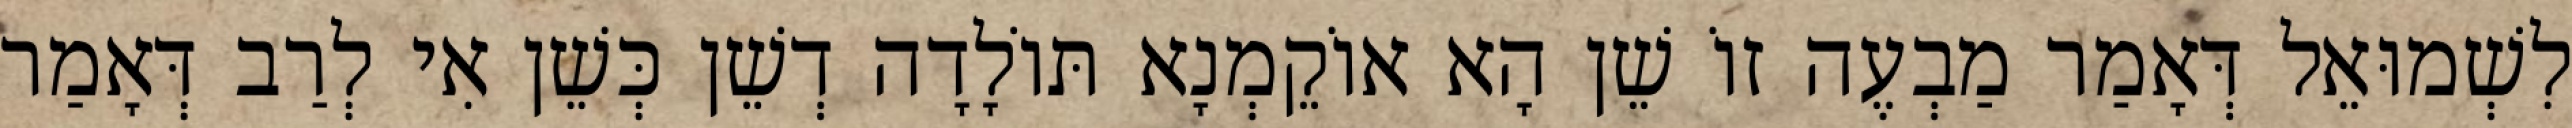
לִשְׁמוּאֵל דְּאָמַר מַבְעֶה זוֹ שֵׁן הָא אוֹקֵמְנָא תּוֹלָדָה דְשֵׁן כְּשֵׁן אִי לְרַב דְּאָמַר